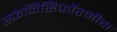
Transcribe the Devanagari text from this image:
स्फ़ेनिसिफॉरमीस